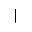
|